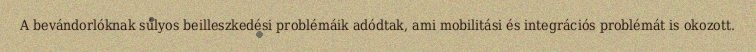
A bevándorlóknak súlyos beilleszkedési problémáik adódtak, ami mobilitási és integrációs problémát is okozott.